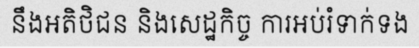
នឹងអតិថិជន និងសេដ្ឋកិច្ច ការអប់រំទាក់ទង